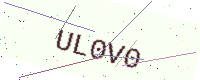
Text: UL0V0